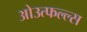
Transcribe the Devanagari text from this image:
ओउत्फल्ल्स